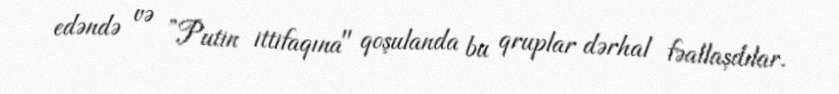
edəndə və ”Putin ittifaqına" qoşulanda bu qruplar dərhal fəallaşdılar.